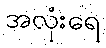
အလုံးရေ